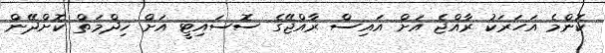
ކޮންމެ އަހަރަކު ރާއްޖެ އަށް އައިސް ރާއްޖޭގެ ސޮސައިޓީ އަށް ޚިދްމަތް ކޮށްދޭން